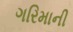
ગરિમાની